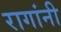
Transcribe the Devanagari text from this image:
रागांनी